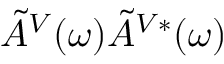
\tilde { A } ^ { V } ( \omega ) \tilde { A } ^ { V * } ( \omega )